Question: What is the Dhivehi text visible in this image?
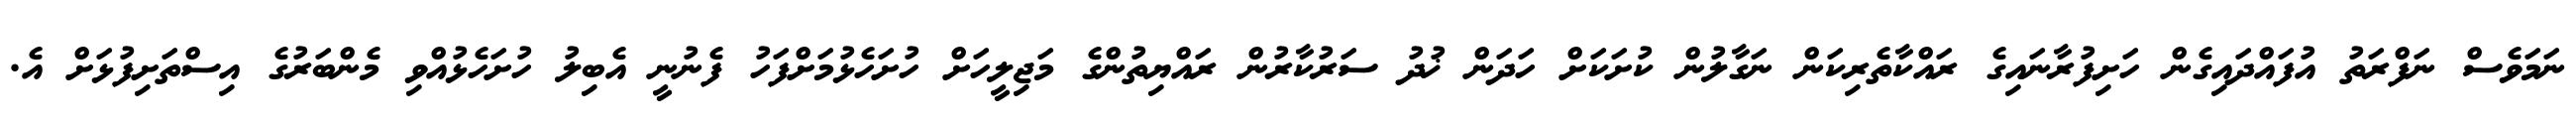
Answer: ނަމަވެސް ނަފްރަތު އުފައްދައިގެން ހަށިފުރާނައިގެ ރައްކާތެރިކަން ނަގާލުން ކުށަކަށް ހަދަން ޚުދު ސަރުކާރުން ރައްޔިތުންގެ މަޖިލީހަށް ހުށަހެޅުމަށްފަހު ފެނުނީ އެބިލު ހުށަހެޅުއްވި މެންބަރުގެ އިސްތަށިފުޅަށް އެ.